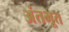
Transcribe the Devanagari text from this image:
अंतभूत